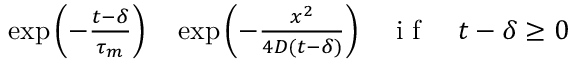
\begin{array} { r l r } { \exp { \left( - \frac { t - \delta } { \tau _ { m } } \right) } } & { { } \exp { \left( - \frac { x ^ { 2 } } { 4 D ( t - \delta ) } \right) } } & { \mathrm { ~ i ~ f ~ } \quad t - \delta \geq 0 } \end{array}